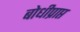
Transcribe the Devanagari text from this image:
बोधीप्राप्त